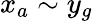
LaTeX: x_{a}\sim y_{g}